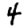
Digit: 4